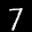
Label: 7